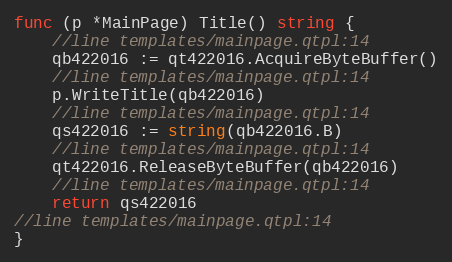
Language: Go
func (p *MainPage) Title() string {
	//line templates/mainpage.qtpl:14
	qb422016 := qt422016.AcquireByteBuffer()
	//line templates/mainpage.qtpl:14
	p.WriteTitle(qb422016)
	//line templates/mainpage.qtpl:14
	qs422016 := string(qb422016.B)
	//line templates/mainpage.qtpl:14
	qt422016.ReleaseByteBuffer(qb422016)
	//line templates/mainpage.qtpl:14
	return qs422016
//line templates/mainpage.qtpl:14
}